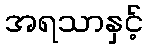
အရသာနှင့်